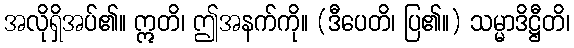
အလိုရှိအပ်၏။ ဣတိ၊ ဤအနက်ကို။ (ဒီပေတိ၊ ပြ၏။) သမ္မာဒိဋ္ဌီတိ၊